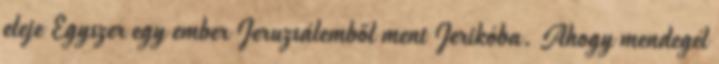
eleje Egyszer egy ember Jeruzsálemből ment Jerikóba. Ahogy mendegél